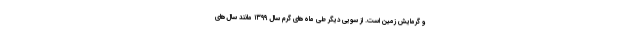
و گرمایش زمین است. از سویی دیگر طی ماه‌های گرم سال ۱۳۹۹ مانند سال‌های